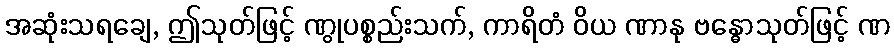
အဆုံးသရချေ, ဤသုတ်ဖြင့် ဏွုပစ္စည်းသက်, ကာရိတံ ဝိယ ဏာနု ဗန္ဓောသုတ်ဖြင့် ဏ